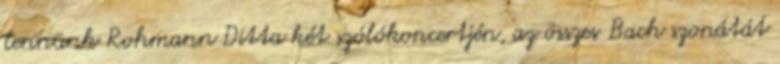
lennünk Rohmann Ditta két szólókoncertjén, az összes Bach szonátát